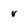
Character: v